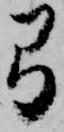
弓